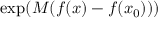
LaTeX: \exp ( M ( f ( x ) - f ( x _ { 0 } ) ) )